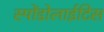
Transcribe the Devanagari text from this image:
स्पोंडोलाईटिस